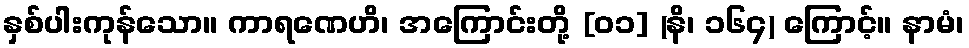
နှစ်ပါးကုန်သော။ ကာရဏေဟိ၊ အကြောင်းတို့ [၀၁] (နိ၊ ၁၆၄) ကြောင့်။ နာမံ၊